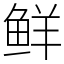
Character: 鲜